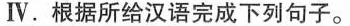
Ⅳ.根据所给汉语完成下列句子.